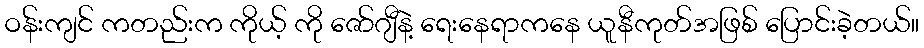
ဝန်းကျင် ကတည်းက ကိုယ့် ကို ဇော်ဂျီနဲ့ ရေးနေရာကနေ ယူနီကုတ်အဖြစ် ပြောင်းခဲ့တယ်။